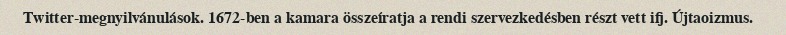
Twitter-megnyilvánulások. 1672-ben a kamara összeíratja a rendi szervezkedésben részt vett ifj. Újtaoizmus.